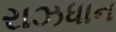
રાઝધાન